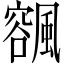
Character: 𩘨